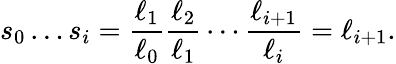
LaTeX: s_{0}\ldots s_{i}={\frac{\ell_{1}}{\ell_{0}}}{\frac{\ell_{2}}{\ell_{1}}}\cdots{\frac{\ell_{i+1}}{\ell_{i}}}=\ell_{i+1}.